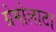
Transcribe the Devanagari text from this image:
ग्रेमोलाटा